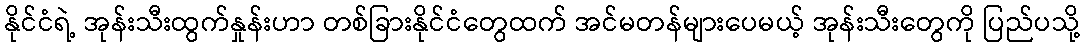
နိုင်ငံရဲ့ အုန်းသီးထွက်နှုန်းဟာ တစ်ခြားနိုင်ငံတွေထက် အင်မတန်များပေမယ့် အုန်းသီးတွေကို ပြည်ပသို့